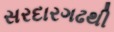
સરદારગઢથી